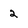
Character: 2